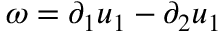
\omega = \partial _ { 1 } u _ { 1 } - \partial _ { 2 } u _ { 1 }